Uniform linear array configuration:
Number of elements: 4
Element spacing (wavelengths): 1
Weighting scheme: hann
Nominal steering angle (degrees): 60
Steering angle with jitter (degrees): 59.733
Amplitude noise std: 0.05
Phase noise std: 0.05

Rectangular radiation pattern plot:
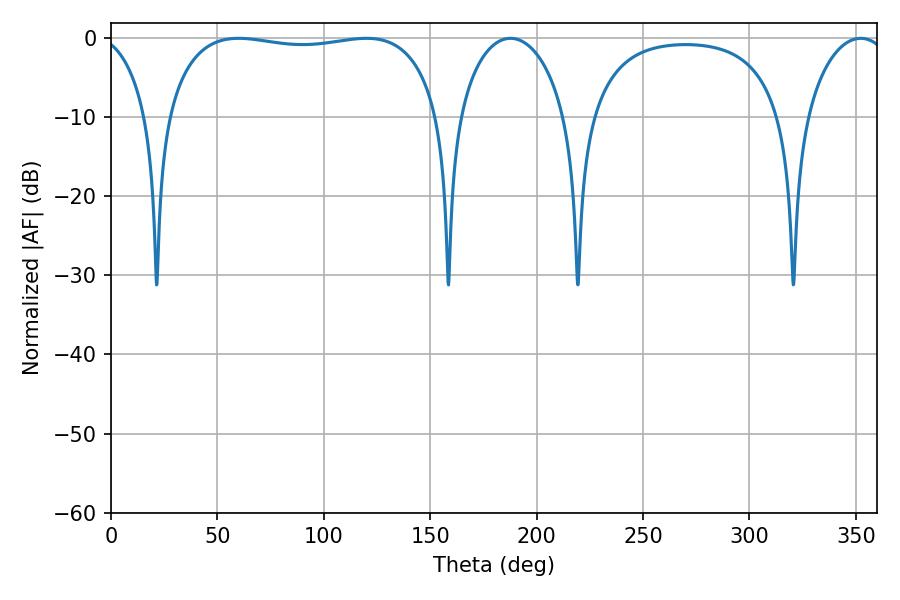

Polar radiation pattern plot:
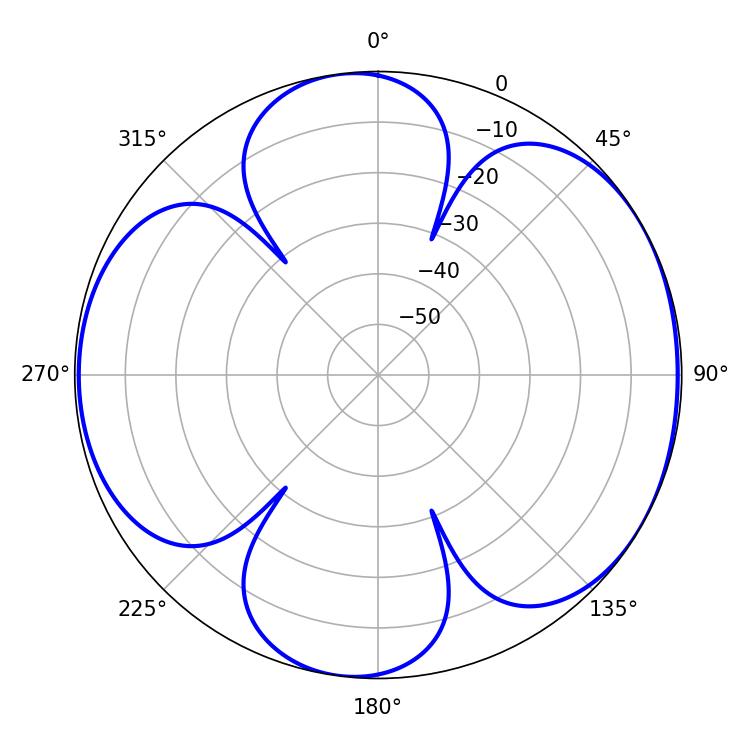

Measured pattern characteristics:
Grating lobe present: TRUE
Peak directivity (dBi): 6.041
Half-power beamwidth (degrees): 103.68
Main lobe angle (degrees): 59.94